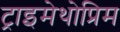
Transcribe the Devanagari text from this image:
ट्राइमेथोप्रिम